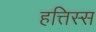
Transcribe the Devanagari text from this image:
हत्तिस्स